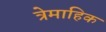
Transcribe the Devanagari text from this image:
त्रेमाहिक